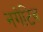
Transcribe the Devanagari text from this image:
नगेटिव